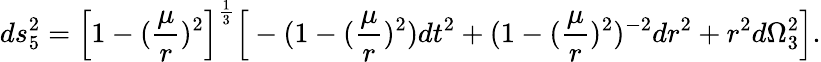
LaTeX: ds_{5}^{2}=\Big[1-({\frac{\mu}{r}})^{2}\Big]^{\frac{1}{3}}\Big[-(1-({\frac{\mu}{r}})^{2})dt^{2}+(1-({\frac{\mu}{r}})^{2})^{-2}dr^{2}+r^{2}d\Omega_{3}^{2}\Big].